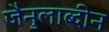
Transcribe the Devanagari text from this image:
जैनुलाब्दीन